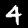
Label: 4